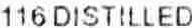
116 DISTILLED